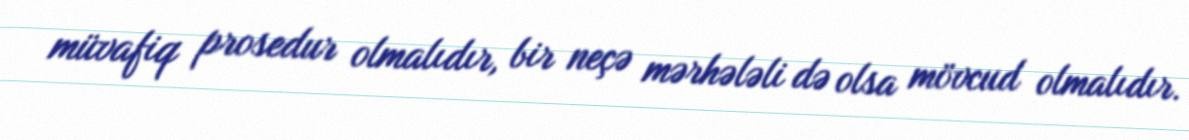
müvafiq prosedur olmalıdır, bir neçə mərhələli də olsa mövcud olmalıdır.